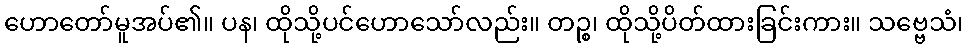
ဟောတော်မူအပ်၏။ ပန၊ ထိုသို့ပင်ဟောသော်လည်း။ တဉ္စ၊ ထိုသို့ပိတ်ထားခြင်းကား။ သဗ္ဗေသံ၊